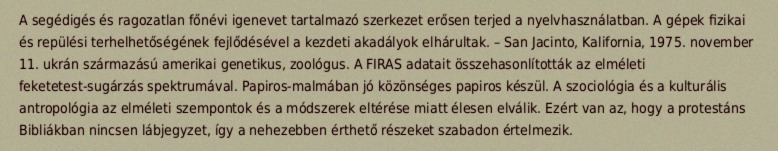
A segédigés és ragozatlan főnévi igenevet tartalmazó szerkezet erősen terjed a nyelvhasználatban. A gépek fizikai és repülési terhelhetőségének fejlődésével a kezdeti akadályok elhárultak. – San Jacinto, Kalifornia, 1975. november 11. ukrán származású amerikai genetikus, zoológus. A FIRAS adatait összehasonlították az elméleti feketetest-sugárzás spektrumával. Papiros-malmában jó közönséges papiros készül. A szociológia és a kulturális antropológia az elméleti szempontok és a módszerek eltérése miatt élesen elválik. Ezért van az, hogy a protestáns Bibliákban nincsen lábjegyzet, így a nehezebben érthető részeket szabadon értelmezik.